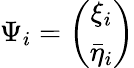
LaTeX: \Psi_{i}=\left(\begin{array}{c}{{\xi_{i}}}\\ {{\bar{\eta}_{i}}}\end{array}\right)